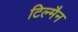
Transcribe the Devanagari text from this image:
टिल्मैन